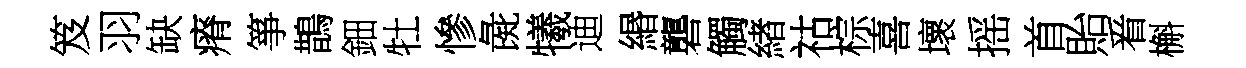
笈羽缺瘠箏鵲鈿牡慘彘犧迪緡礱觸緖祜棕喜壞摇首貽㸔槲